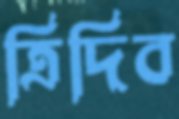
ত্রিদিব